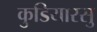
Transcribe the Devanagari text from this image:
कुडियारसु